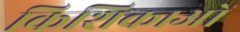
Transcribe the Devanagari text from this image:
किशिकाओं